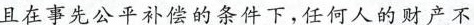
且在事先公平补偿的条件下，任何人的财产不